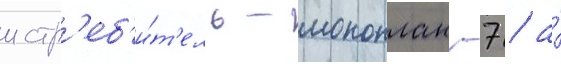
истр'еб'и́т'ель-моноплан -7 / а́